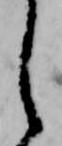
し